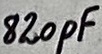
Text: 820pF